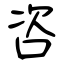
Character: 咨